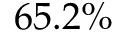
6 5 . 2 \%